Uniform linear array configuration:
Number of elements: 32
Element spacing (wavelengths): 1
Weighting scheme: blackman
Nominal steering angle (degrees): -15
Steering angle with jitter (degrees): -13.612
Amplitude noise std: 0.05
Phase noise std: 0.05

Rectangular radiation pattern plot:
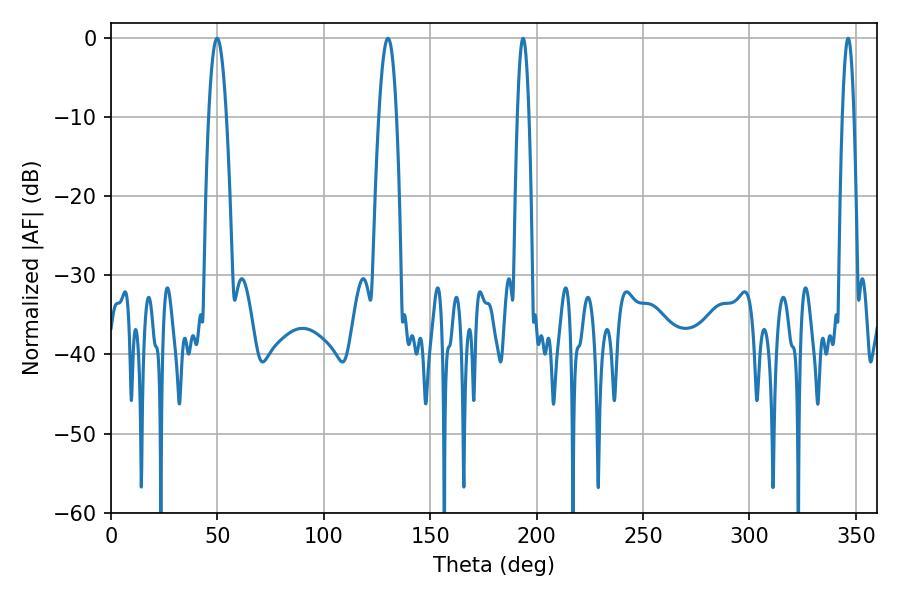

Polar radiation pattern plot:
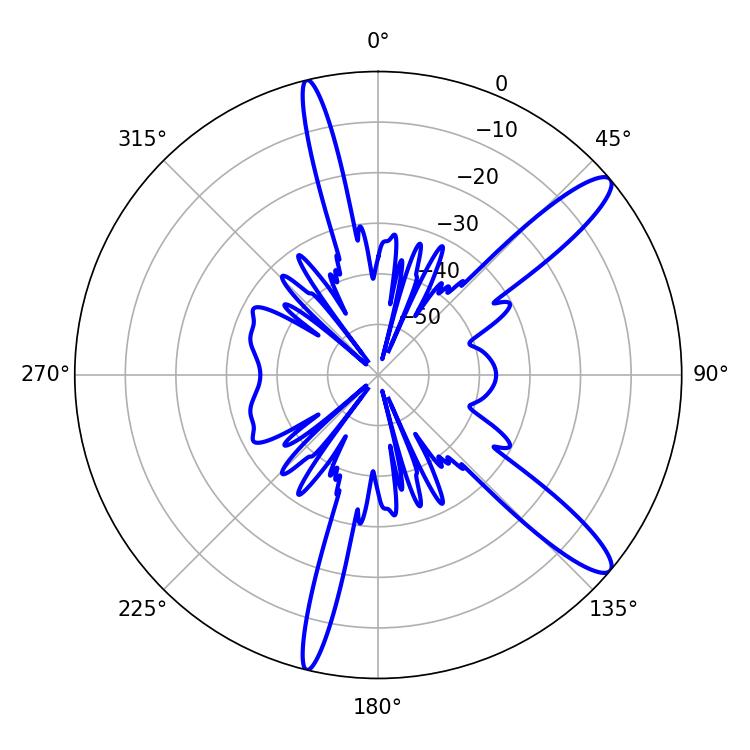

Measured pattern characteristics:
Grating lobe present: TRUE
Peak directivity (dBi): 12.782
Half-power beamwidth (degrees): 4.5
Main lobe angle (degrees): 49.86